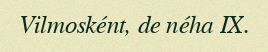
Vilmosként, de néha IX.